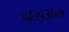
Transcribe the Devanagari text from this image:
५६७३५०